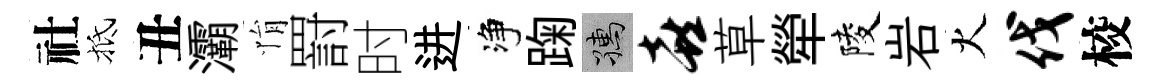
社抵丑灞悁罸时进净踘孺喜草犖陵岩火伐校